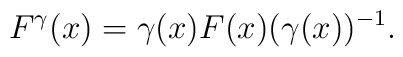
F^\gamma(x)=\gamma(x) F(x)(\gamma(x))^{-1}.